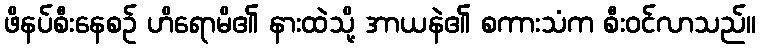
ဖိနပ်စီးနေစဉ် ဟိရောမိ၏ နားထဲသို့ အာယနဲ၏ စကားသံက စီးဝင်လာသည်။